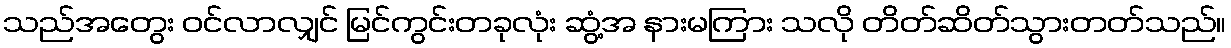
သည်အတွေး ဝင်လာလျှင် မြင်ကွင်းတခုလုံး ဆွံ့အ နားမကြား သလို တိတ်ဆိတ်သွားတတ်သည်။